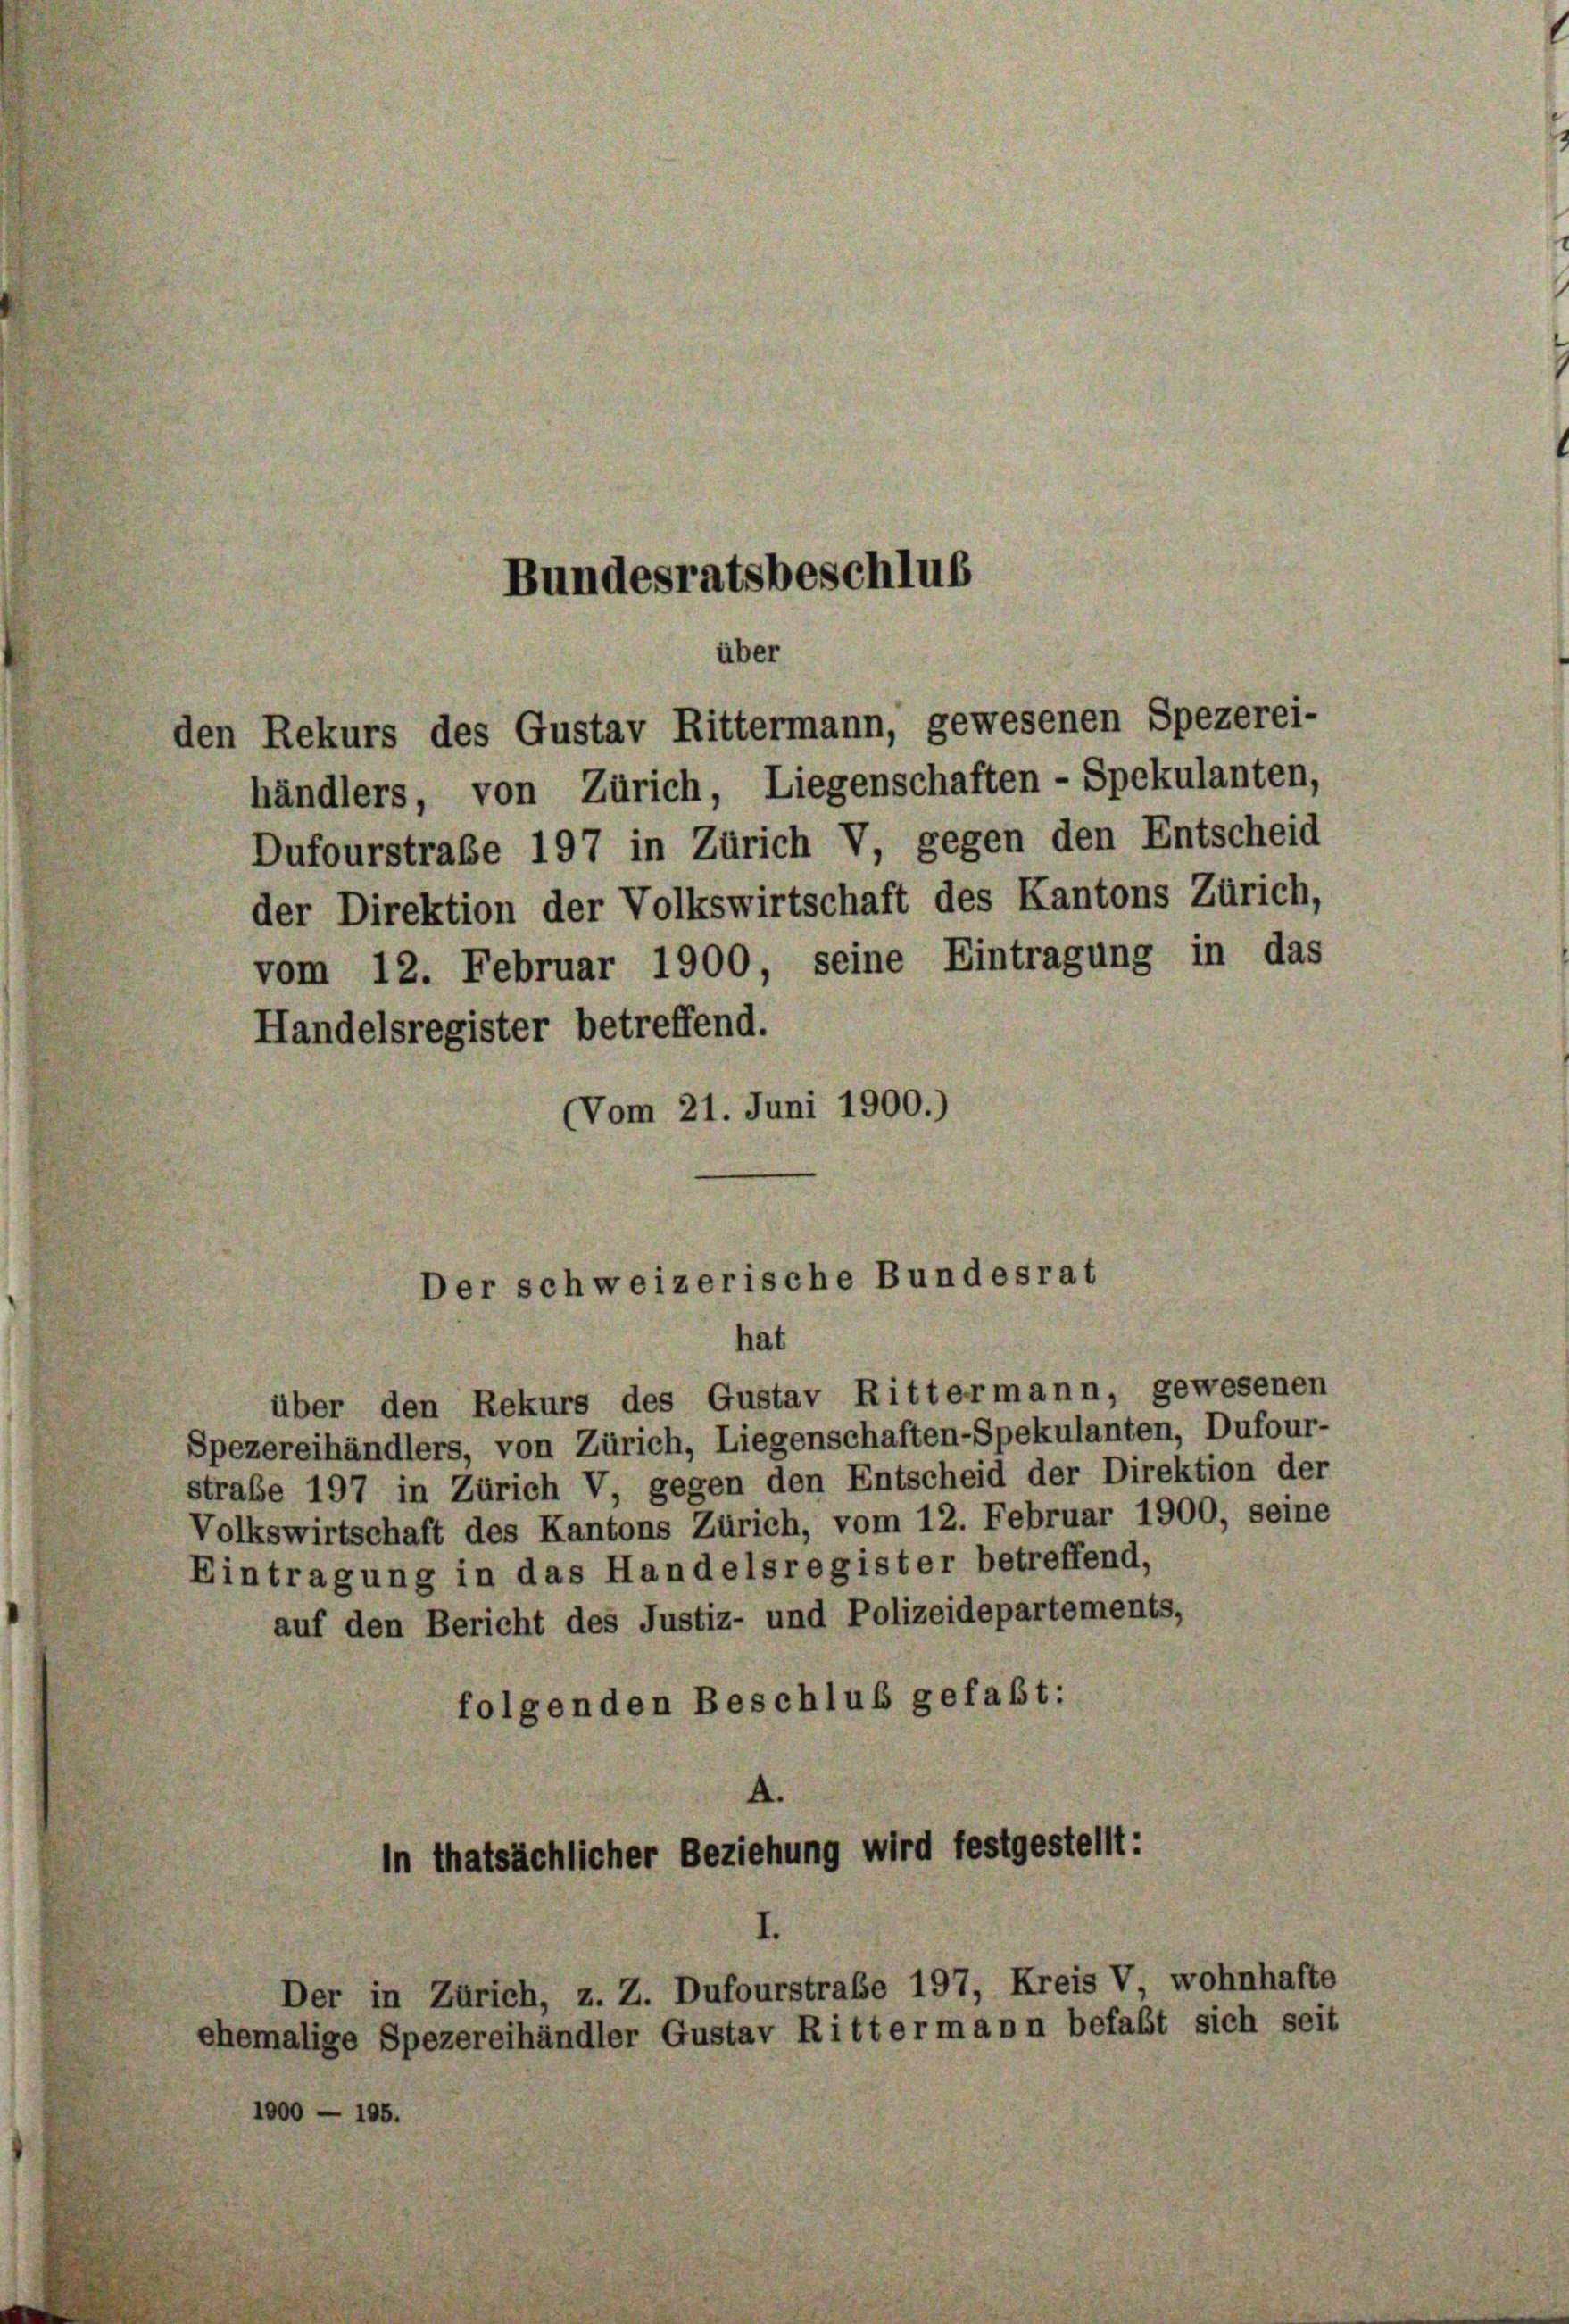
Bundesratsbeschlus
über
den Rekurs des Gustav Rittermann, gewesenen Spezerei-
händlers, von Zürich, Liegenschaften - Spekulanten,

Dufourstraße 197 in Zürich V, gegen den Entscheid
der Direktion der Volkswirtschaft des Kantons Zürich,
Handelsregister betreffend.
Vom 21. Juni 1900.)

1000 - 195.

vom 12. Februar 1900, seine Eintragung in das

Der schweizerische Bundesrat
hat

Der in Zürich, z. Z. Dufourstrabe 197, Kreis V, wohnhafte
ehemalige Spezereihändler Gustav Rittermann befaßt sich seit

über den Rekurs des Gustav Rittermann, gewesenen
Spezereihändlers, von Zürich, Liegenschaften-Spekulanten, Dufour-
straße 197 in Zürich V, gegen den Entscheid der Direktion der
Volkswirtschaft des Kantons Zürich, vom 12. Februar 1900, seine
Eintragung in das Handelsregister betreffend,
auf den Bericht des Justiz- und Polizeidepartements,
folgenden Beschluß gefaßt:
A.
In thatsächlicher Beziehung wird festgestellt: